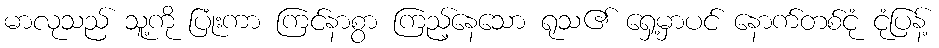
မာလုသည် သူ့ကို ပြုံးကာ ကြင်နာစွာ ကြည့်နေသော ရုသ၏ ရှေ့မှာပင် နောက်တစ်ငုံ ငုံပြန့်